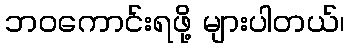
ဘဝကောင်းရဖို့ များပါတယ်၊